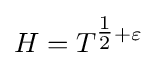
H=T^{{\tfrac {1}{2}}+\varepsilon }